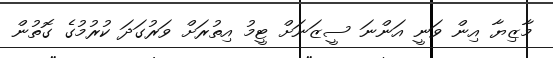
މާޒިޔާ އިން ވަނީ އަންނަ ސީޒަނަށް ޓީމު އިތުރަށް ވަރުގަަދަ ކުރުމުގެ ގޮތުން